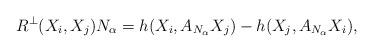
LaTeX: \begin{align*}R^{\bot }(X_{i},X_{j})N_{\alpha }=h(X_{i},A_{N_{\alpha}}X_{j})-h(X_{j},A_{N_{\alpha }}X_{i}), \end{align*}